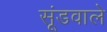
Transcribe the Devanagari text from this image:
सूंडवाले